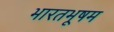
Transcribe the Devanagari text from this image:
भारतभूषम